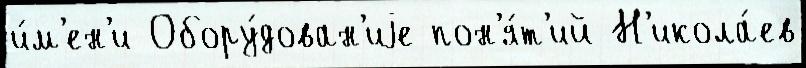
и́м'ен'и Обору́дован'иjе пон'я́т'ий Н'икола́ев